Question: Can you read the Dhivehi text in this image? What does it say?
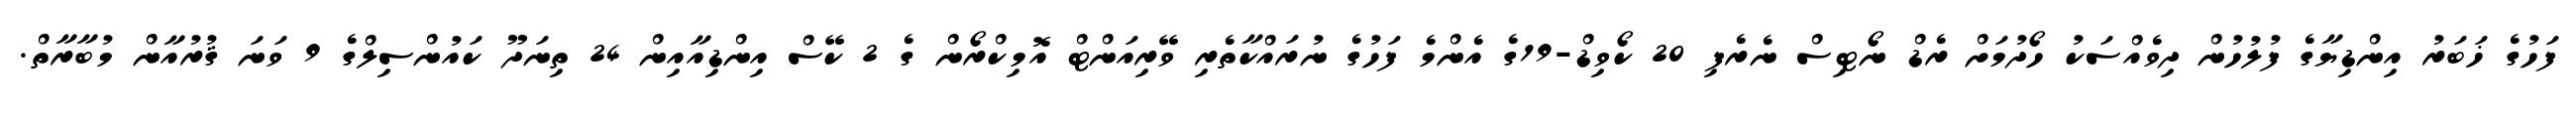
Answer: ފަހުގެ ޚަބަރު އިންޑިޔާގެ ފުލުހުން ދިވެއްސަކު ހޯދުމަށް ރެޑް ނޯޓިސް ނެރެފި 20 ކޯވިޑް-19ގެ އެންމެ ފަހުގެ ނުރައްކާތެރި ވޭރިއަންޓް އޮމިކްރޯން ގެ 2 ކޭސް އިންޑިއާއިން 24 ތިނަދޫ ކައުންސިލްގެ 9 ވަނަ ޤުރުއާން މުބާރާތް.